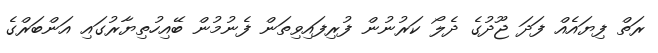
ރަތް ފިޔައެއް ފަދަ ޖޫދުގެ ދެލޯ ކަރުނުން ފުރިފައިވިތަން ފެނުމުން ބޭއިހުތިޔާރުގައި އަންބަރްގެ